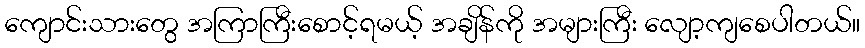
ကျောင်းသားတွေ အကြာကြီးစောင့်ရမယ့် အချိန်ကို အများကြီး လျော့ကျစေပါတယ်။